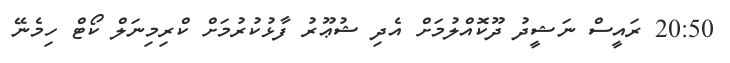
20:50 ރައީސް ނަޝީދު ދޫކޮއްލުމަށް އެދި ޝުޢޫރު ފާޅުކުރުމަށް ކްރިމިނަލް ކޯޓް ހިމެނޭ